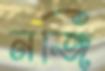
নজি